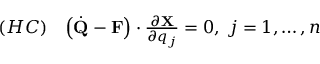
\begin{array} { l l } { ( H C ) } & { \left( { \dot { \bf Q } } - { \bf F } \right) \cdot \frac { \partial { \bf X } } { \partial q _ { j } } = 0 , \; j = 1 , \dots , n } \end{array}